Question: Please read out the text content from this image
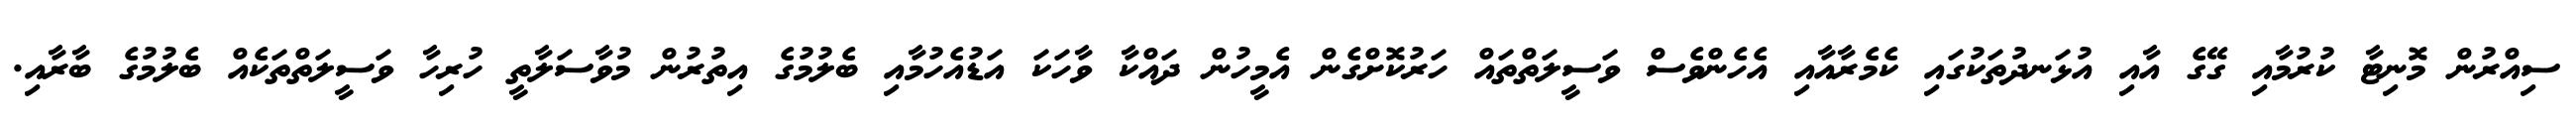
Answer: ސިއްރުން މޮނިޓާ ކުރުމާއި ގޭގެ އާއި އުޅަނދުތަކުގައި ކެމެރާއާއި އެހެންވެސް ވަސީލަތްތައް ހަރުކޮށްގެން އެމީހުން ދައްކާ ވާހަކަ އަޑުއެހުމާއި ބެލުމުގެ އިތުރުން މުވާސަލާތީ ހުރިހާ ވަސީލަތްތަކެއް ބެލުމުގެ ބާރާއި.